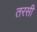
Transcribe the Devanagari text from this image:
तरसी